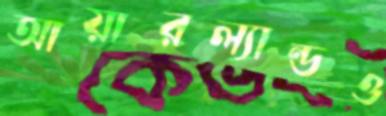
আয়ারল্যান্ডও